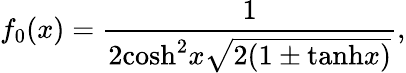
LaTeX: f_{0}(x)=\frac{1}{2\mathrm{cosh}^{2}x\sqrt{2(1\pm\mathrm{tanh}x)}},